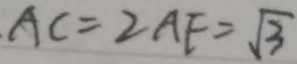
A C = 2 A F = \sqrt { 3 }